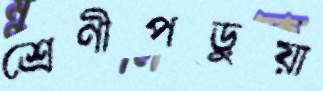
শ্রেণীপড়ুয়া